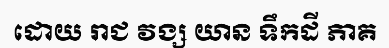
ដោយ រាជ វង្ស យាន ទឹកដី ភាគ